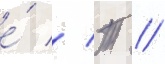
е́ // Т //